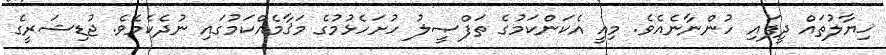
ޚިޔާލުތައް ދީފައި ހުންނާނެއެވެ. މިއީ އެކަންކަމުގެ ތަފްޞީލު ހުށަހެޅުމުގެ މަޤާމެއްކަމުގައި ނުދެކެމެވެ. ޖުޑިޝަރީގެ